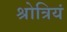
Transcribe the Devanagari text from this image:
श्रोत्रियं